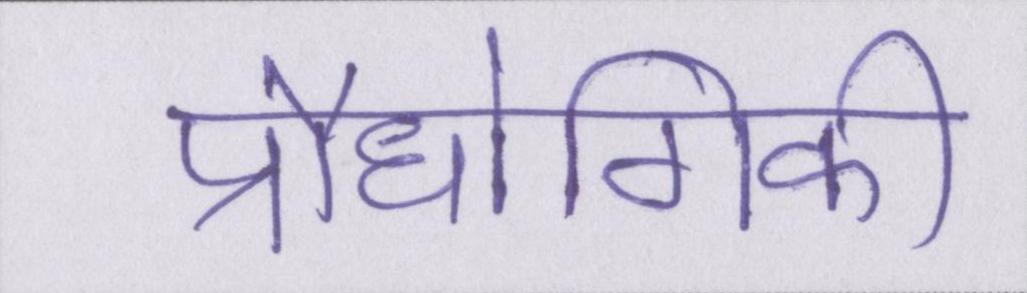
प्रौधोगिकी